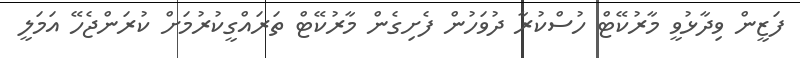
ފަޒީން ވިދާޅުވީ މާރުކޭޓް ހުސްކުރާ ދުވަހުން ފެށިގެން މާރުކޭޓް ތަރައްގީކުރުމަށް ކުރަންޖެހޭ އަމަލީ